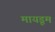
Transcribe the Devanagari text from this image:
मायडूम